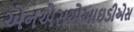
એનએસએઆઇડીએસ